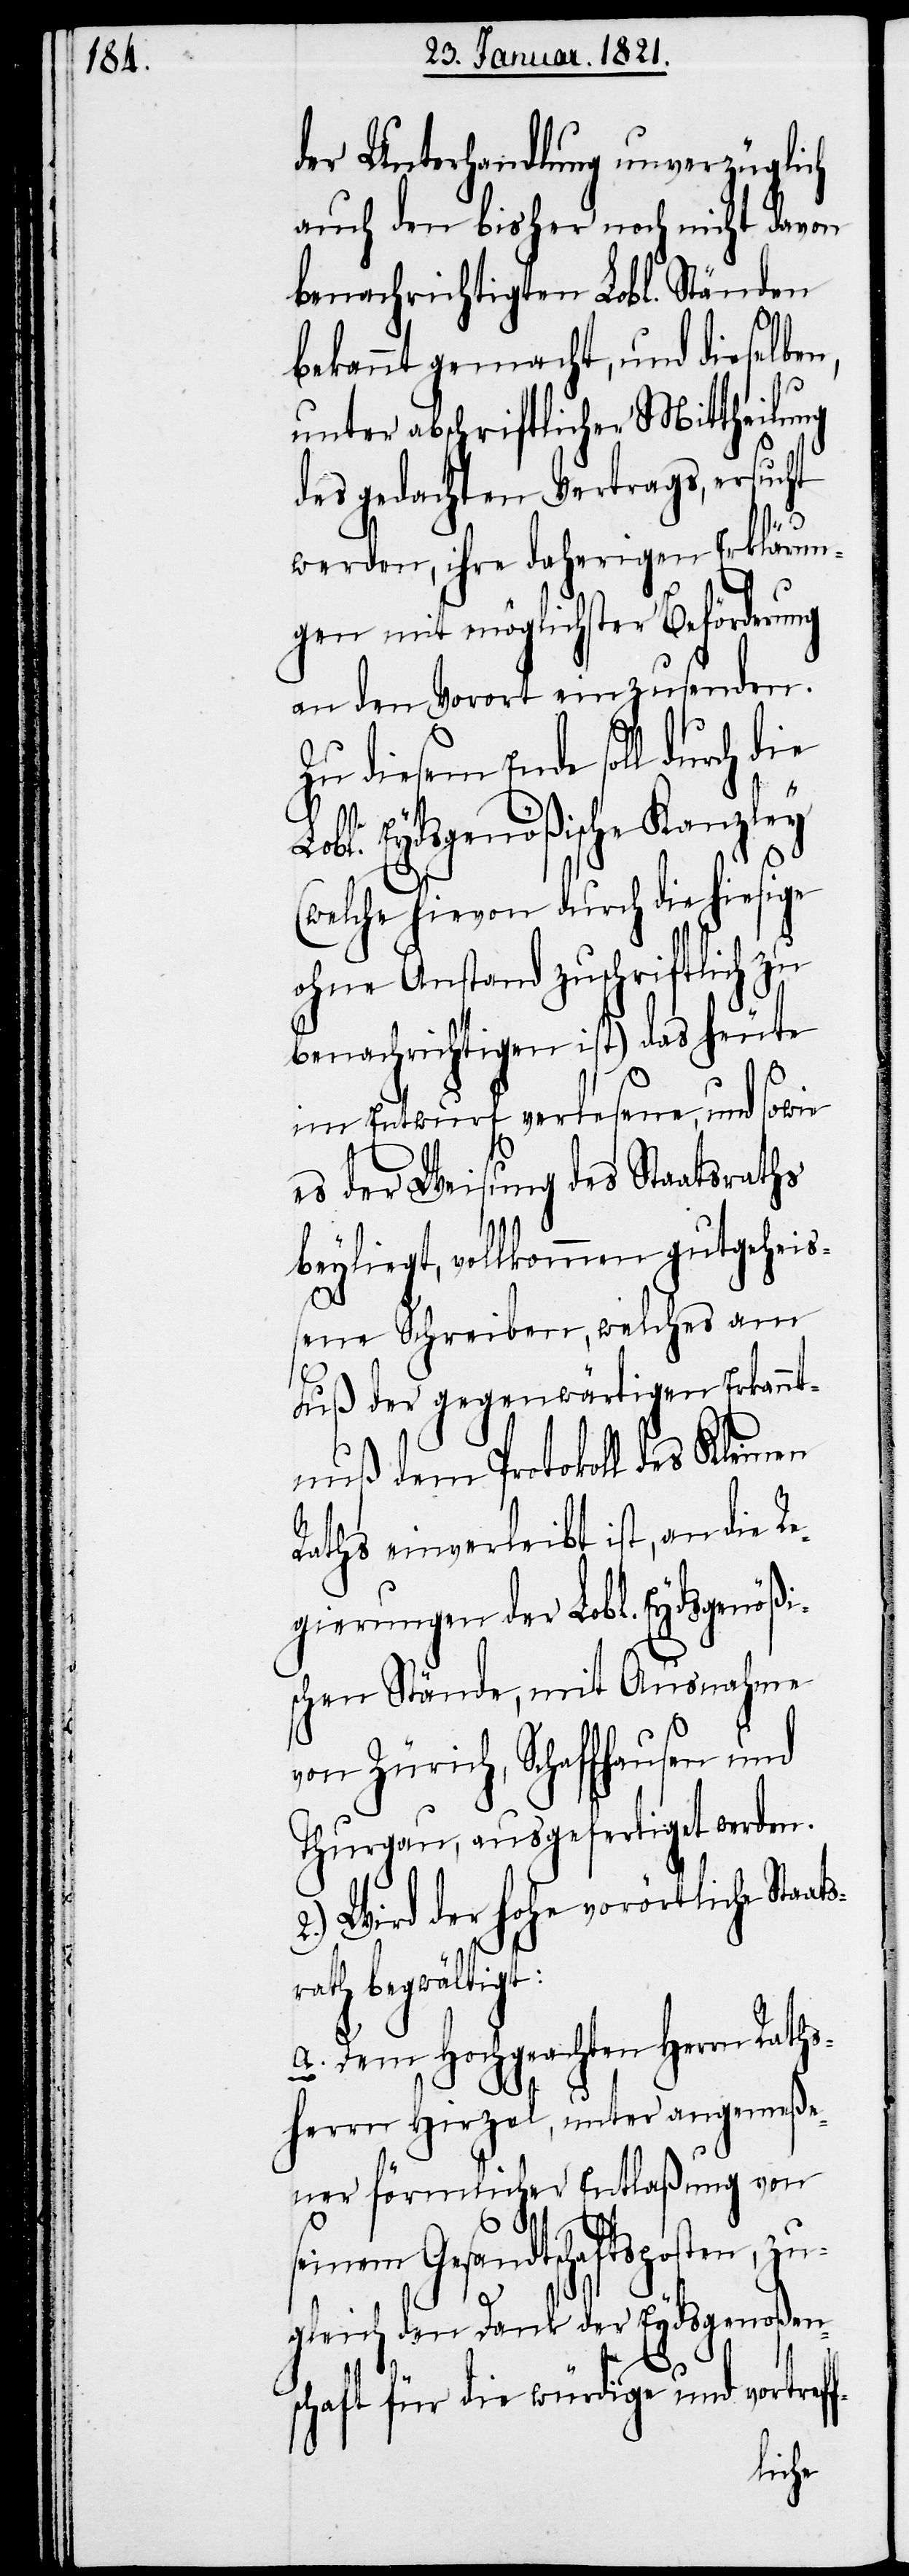
f-

der Unterhandlung unverzüglich
auch den bisher noch nicht davon
benachrichtigten Lobl. Ständen
bekannt gemacht, und dieselben,
unter abschriftlicher Mittheilung
des gedachten Vertrags, ersucht
werden, ihre daherigen Erklärun¬
gen mit möglichster Beförderung
an den Vorort einzusenden.
Zu diesem Ende soll durch
Lobl. Eydsgenößische Kanzley
(welche hievon durch die hiesige
ohne Anstand zuschriftlich zu
benachrichtigen ist) das heute
im Entwurf verlesene, und sowie
es der Weisung des Staatsraths
beyliegt vollkommen gutgehei¬
ßenen Schreiben, welches am
Fuß der gegenwärtigen Erkannt¬
nuß dem Protokoll des Kleinen
Raths einverleibt ist, an die Re¬
gierungen der Lobl. Eydsgenößi¬
schen Stände, mit Ausnahme
von Zürich, Schaffhausen und
Thurgau, ausgefertigt werden.
2.) Wird der hohe vorörtliche Staat¬
ath begwältigt:
a. Dem Hochgeachten Herrn Raths¬
herrn Hirzel, unter angemeße¬
ner förmlicher Entlaßung von
seinem Gesandtschaftsposten, zu¬
gleich den Dank der Eydsgenoßen¬
schaft für die würdige und vortref¬